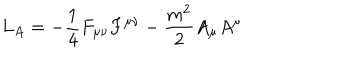
L _ { A } = \mathrm { } - \frac { 1 } { 4 } F _ { \mu \nu } F ^ { \mu \nu } - \frac { m ^ { 2 } } { 2 } A _ { \mu } A ^ { \mu }